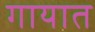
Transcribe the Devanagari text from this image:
गायात